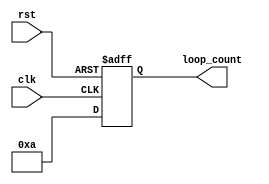
module basic_for_loop (
    input wire clk,
    input wire rst,
    output reg [31:0] loop_count
);

always @(posedge clk or posedge rst)
begin
    if (rst)
        loop_count <= 0;
    else
    begin
        for (loop_count = 0; loop_count < 10; loop_count = loop_count + 1)
        begin
            // Block of code to be executed
            // This can include any set of statements or instructions
        end
    end
end

endmodule